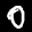
Label: 0